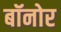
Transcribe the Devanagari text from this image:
बॉनोर